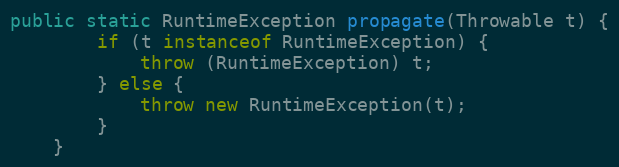
Language: Java
public static RuntimeException propagate(Throwable t) {
        if (t instanceof RuntimeException) {
            throw (RuntimeException) t;
        } else {
            throw new RuntimeException(t);
        }
    }